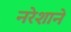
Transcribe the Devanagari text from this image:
नरेशाने